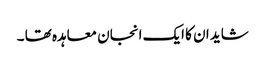
شاید ان کا ایک انجان معاہدہ تھا ۔